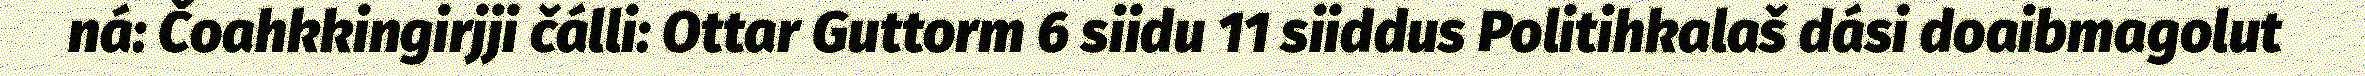
ná: Čoahkkingirjji čálli: Ottar Guttorm 6 siidu 11 siiddus Politihkalaš dási doaibmagolut